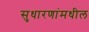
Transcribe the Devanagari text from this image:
सुधारणांमधील